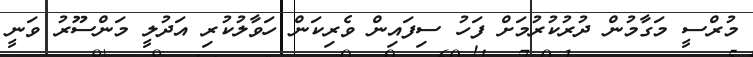
މުރްސީ މަގާމުން ދުރުކުރުމަށް ފަހު ސިފައިން ވެރިކަން ހަވާލުކުރި އަދުލީ މަންސޫރު ވަނީ